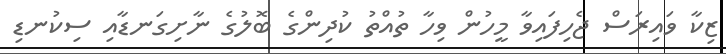
ޒިކާ ވައިރަސް ޖެހިފައިވާ މީހުން ވިހާ ތުއްތު ކުދިންގެ ބޮލުގެ ނާށިގަނޑާއި ސިކުނޑި